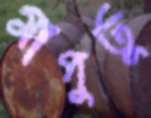
মাপুতু